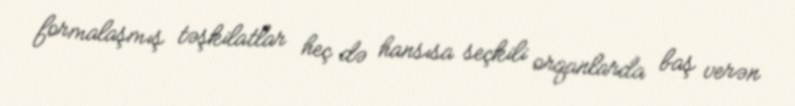
formalaşmış təşkilatlar heç də hansısa seçkili orqanlarda baş verən